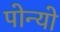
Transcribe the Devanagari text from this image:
पोन्यो